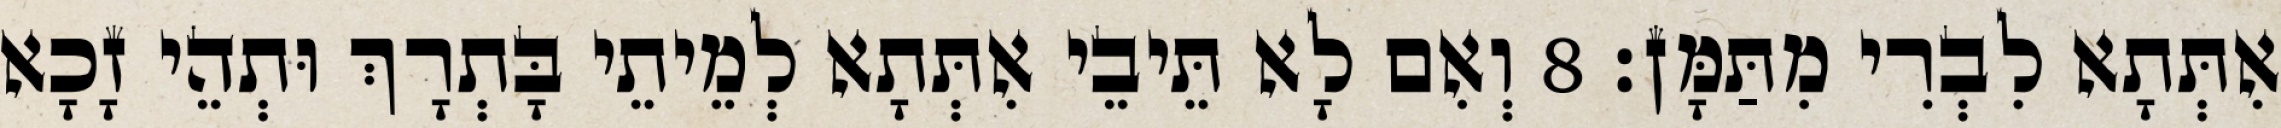
אִתְּתָא לִבְרִי מִתַּמָּן׃ 8 וְאִם לָא תֵּיבֵי אִתְּתָא לְמֵיתֵי בָּתְרָךְ וּתְהֵי זָכָא